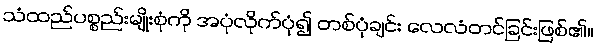
သံထည်ပစ္စည်းမျိုးစုံကို အပုံလိုက်ပုံ၍ တစ်ပုံချင်း လေလံတင်ခြင်းဖြစ်၏။